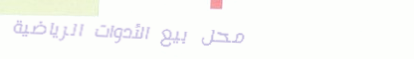
محل بيع الأدوات الرياضية